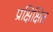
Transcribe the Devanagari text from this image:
प्रक्षिक्षित